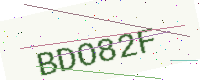
Text: BDO82F